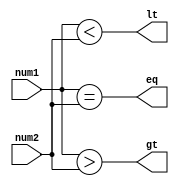
module Arithmetic_Inequality_Comparator (
    input signed [31:0] num1,
    input signed [31:0] num2,
    output reg eq,
    output reg gt,
    output reg lt
);

assign eq = (num1 == num2);
assign gt = (num1 > num2);
assign lt = (num1 < num2);

endmodule